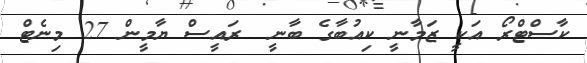
ކާސްޓްރޯ އަކީ ޒަމާނީ ކިއުބާގެ ބާނީ  ރައީސް ޔާމީން 27 މިނެޓް